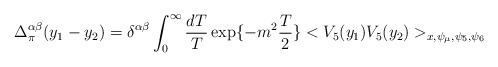
\begin{align*}\Delta^{\alpha \beta}_{\pi}(y_{1} - y_{2}) = \delta^{\alpha \beta} \int_{0}^{\infty} \frac{d T}{T} \exp \{-m^{2} \frac{T}{2} \} <V_{5}(y_{1}) V_{5}(y_{2}) >_{x, \psi_{\mu}, \psi_{5}, \psi_{6}} \end{align*}